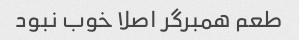
طعم همبرگر اصلا خوب نبود